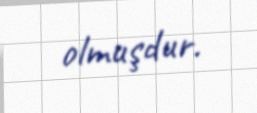
olmuşdur.